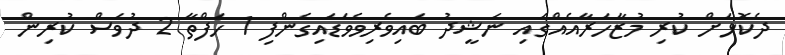
ދެކޮޅަށް ކުރި މުޒާހަރާއެއްގައި ނަޝީދު ބައިވެރިވެވަޑައިގެންފި 1 ހަފްތާ 2 ދުވަސް ކުރިން